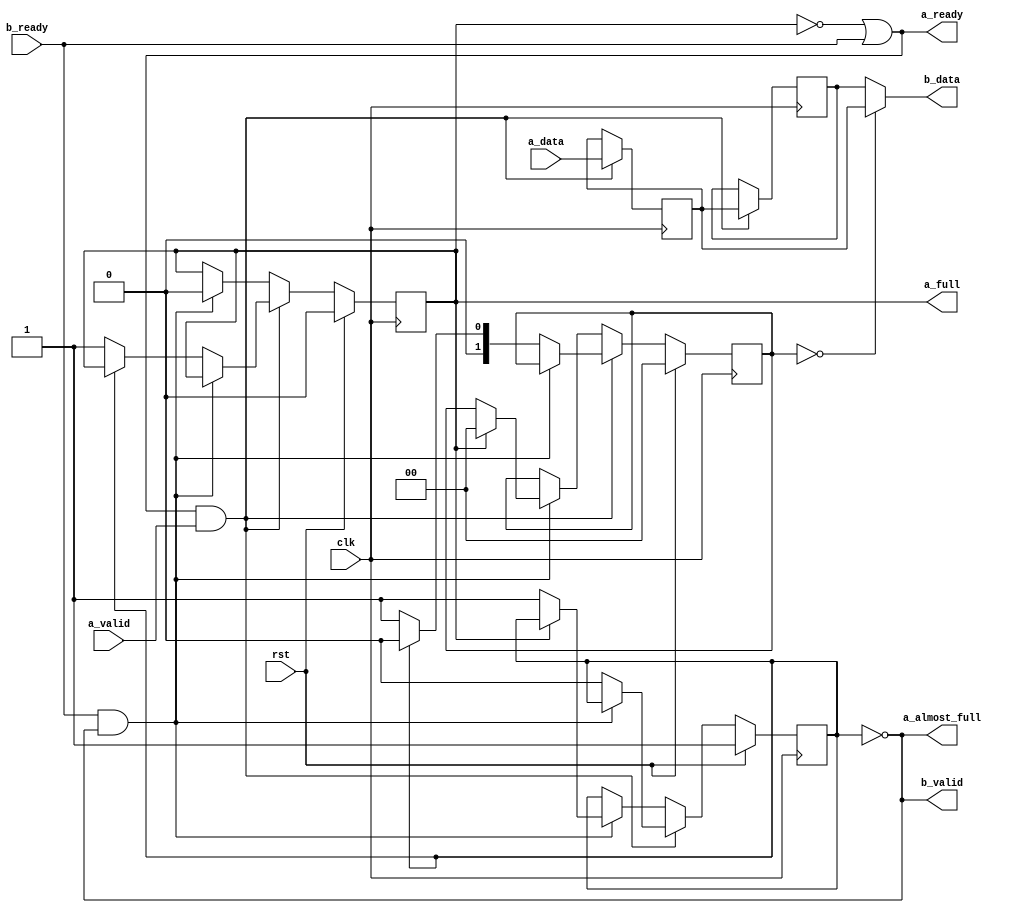
module fifo_2d (
    input  wire             clk,
    input  wire             rst,
    input  wire [WIDTH-1:0] a_data,
    input  wire             a_valid,
    output wire             a_ready,
    output wire             a_almost_full,
    output wire             a_full,
    output wire [WIDTH-1:0] b_data,
    output wire             b_valid,
    input  wire             b_ready
);

    parameter WIDTH = 64;

    reg [WIDTH-1:0] fifo_top;
    reg [WIDTH-1:0] fifo_bottom;
    reg fifo_empty;
    reg fifo_full;
    reg [1:0] rd_ptr;
    always @(posedge clk) begin
        if (a_ready && a_valid) begin
            fifo_top <= a_data;
            fifo_bottom <= fifo_top;
            if (!(b_ready && b_valid)) begin
                // Enqueue
                if (fifo_empty) begin
                    rd_ptr <= 2'd0;
                    fifo_empty <= 1'b0;
                end
                else begin
                    rd_ptr <= 2'd1;
                    fifo_full <= 1'b1;
                end
            end
            else begin
                // Data coming in and out normally
            end
        end
        else if (b_ready && b_valid) begin
            // Dequeue
            if (fifo_full) begin
                fifo_full <= 1'b0;
                rd_ptr <= 2'd0;
            end
            else begin
                fifo_empty <= 1'b1;
                // no more data
            end
        end
        if (rst) begin
            fifo_full <= 1'b0;
            fifo_empty <= 1'b1;
            rd_ptr <= 2'd0;
        end
    end
    assign b_valid = !fifo_empty;
    assign b_data = (rd_ptr == 2'd0) ? fifo_top : fifo_bottom;
    assign a_ready = !fifo_full || b_ready;
    assign a_almost_full = !fifo_empty;
    assign a_full = fifo_full;

endmodule